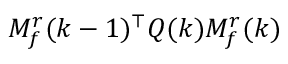
M _ { f } ^ { r } ( k - 1 ) ^ { \top } Q ( k ) M _ { f } ^ { r } ( k )